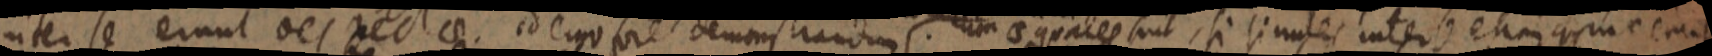
inter se erunt oes rectae. id ergo fore demonstrandum. aequales sunt, si similes inter se etiam _me erunt